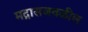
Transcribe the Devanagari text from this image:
मद्रासजवळील